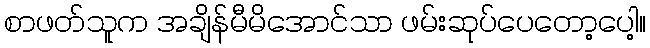
စာဖတ်သူက အချိန်မီမိအောင်သာ ဖမ်းဆုပ်ပေတော့ပေါ့။